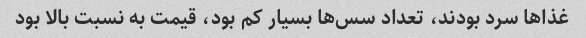
غذاها سرد بودند، تعداد سس‌ها بسیار کم بود، قیمت به نسبت بالا بود